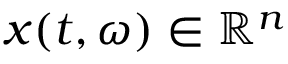
x ( t , \omega ) \in \mathbb R ^ { n }